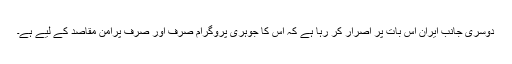
دوسری جانب ایران اس بات پر اصرار کر رہا ہے کہ اس کا جوہری پروگرام صرف اور صرف پرامن مقاصد کے لیے ہے۔